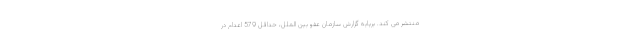
منتشر می کند. برپایه گزارش سازمان عفو بین الملل، حداقل 579 اعدام در